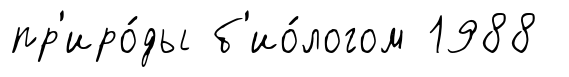
пр'иро́ды б'ио́логом 1988